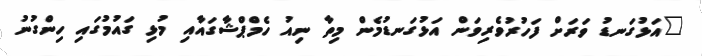
"އަޅުގަނޑު ވަރަށް ފަހުރުވެރިވަން އަޅުގަނޑުމެން މިތާ ނިއު ހެމްޕްޝާގައާއި މުޅި ގައުމުގައި ހިންގުނު